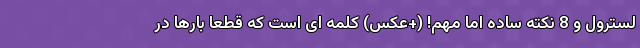
لسترول و 8 نکته ساده اما مهم! (+عکس) کلمه ای است که قطعا بارها در